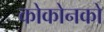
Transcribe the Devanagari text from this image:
कोकोनको